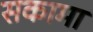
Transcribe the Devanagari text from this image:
सकामा